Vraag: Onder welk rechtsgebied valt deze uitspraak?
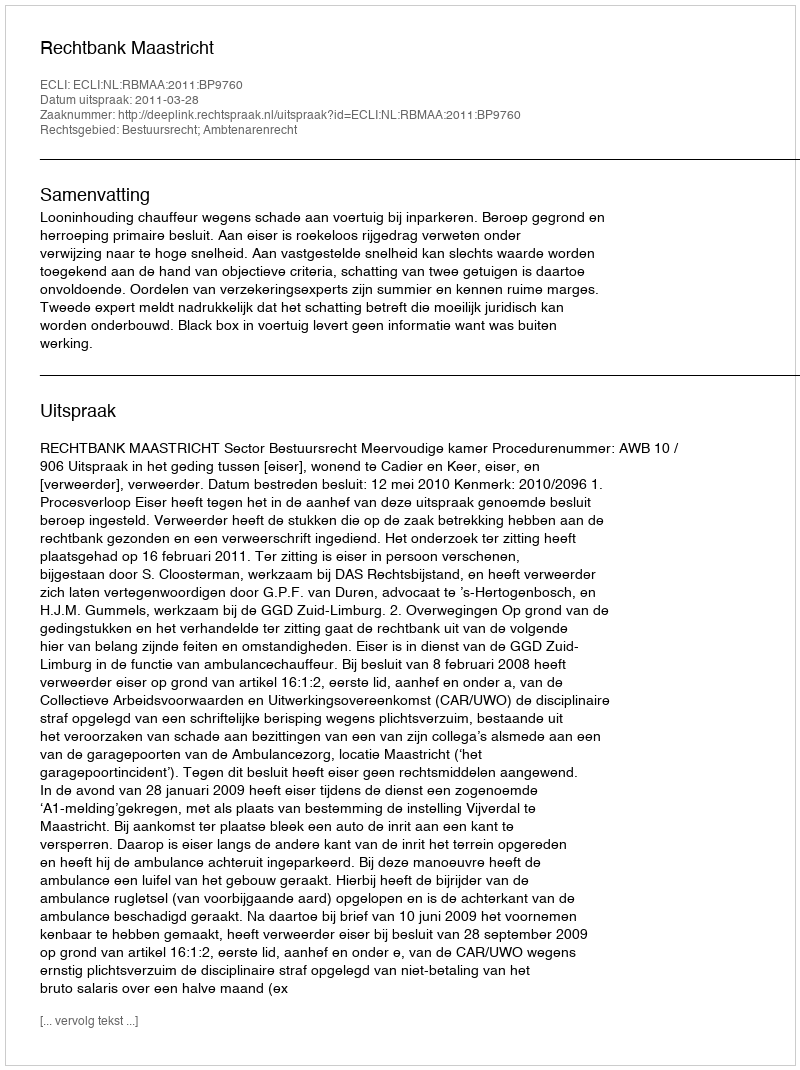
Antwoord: Bestuursrecht; Ambtenarenrecht